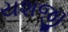
યશજી